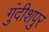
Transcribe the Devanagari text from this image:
गुंदीशपुर